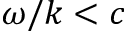
\omega / k < c